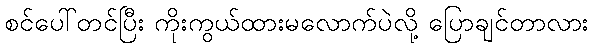
စင်ပေါ်တင်ပြီး ကိုးကွယ်ထားမလောက်ပဲလို့ ပြောချင်တာလား